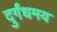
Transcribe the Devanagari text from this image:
दुर्गंधमय